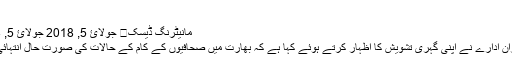
تازہ ترین خبریں
مانیٹرنگ ڈیسک	 جولائ 5, 2018 جولائ 5, 2018 0 تبصرے
میڈیا کے ایک نگران ادارے نے اپنی گہری تشویش کا اظہار کرتے ہوئے کہا ہے کہ بھارت میں صحافیوں کے کام کے حالات کی صورت حال انتہائی ابتر ہو چکی ہے۔